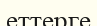
еттерге